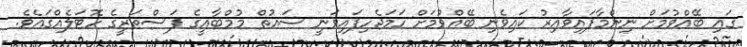
ގައި ބޭއްވުމަށް ނިންމާފައިވާއިރު ކައިވެނި ބޭއްވުމަށް ހަމަޖެހިފައިވަނީ ސައުތް މުމްބާއީގެ ފަސްތަރީގެ ހޮޓަލެއްގައެވެ.